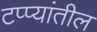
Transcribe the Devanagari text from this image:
टप्प्यांतील